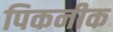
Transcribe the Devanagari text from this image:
पिकनीक